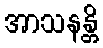
အာသနန္တိ